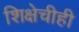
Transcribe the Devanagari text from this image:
शिक्षेचीही